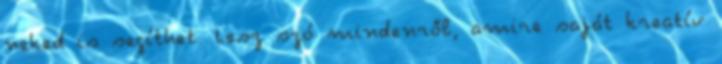
neked is segíthet. Lesz szó mindenről, amire saját kreatív